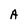
Character: A